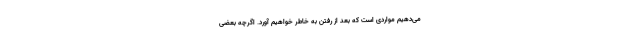
می‌دهیم مواردی است که بعد از رفتن به خاطر خواهیم آورد. اگرچه بعضی